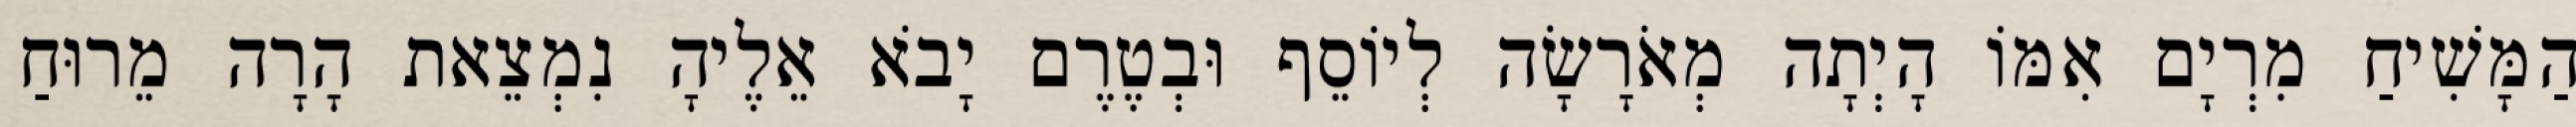
הַמָּשִׁיחַ מִרְיָם אִמּוֹ הָיְתָה מְאֹרָשָׂה לְיוֹסֵף וּבְטֶרֶם יָבֹא אֵלֶיהָ נִמְצֵאת הָרָה מֵרוּחַ